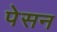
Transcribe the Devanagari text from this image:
पेसन